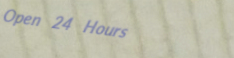
Open 24 Hours